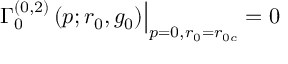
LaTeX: \left. \Gamma _ { 0 } ^ { ( 0 , 2 ) } \left( p ; r _ { 0 } , g _ { 0 } \right) \right| _ { p = 0 , r _ { 0 } = r _ { 0 { c } } } = 0